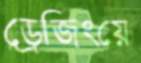
ড্রেজিংয়ে